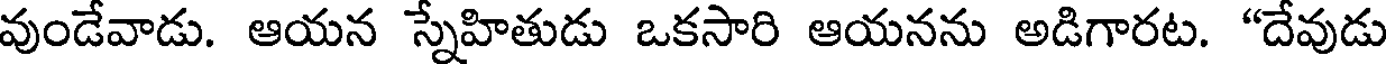
వుండేవాడు. ఆయన స్నేహితుడు ఒకసారి ఆయనను అడిగారట. "దేవుడు